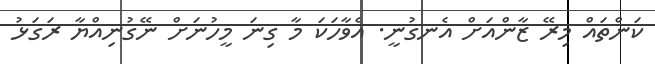
ކަންތައް މިރޭ ޒާންއަށް އެނގުނީ. އެވާހަކަ މާ ގިނަ މީހުނަށް ނޭގުނިއްޔާ ރަގަޅު